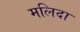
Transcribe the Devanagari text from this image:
मलिदा